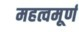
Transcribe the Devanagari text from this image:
महत्वमूर्ण